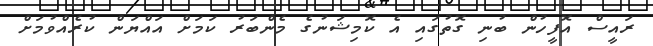
ރައީސް އޮފީހުން ބުނި ގޮތުގައި އެ ކޮމިޝަނުގެ މެންބަރު ކަމަށް އައްޔަން ކުރެއްވުމަށް